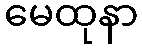
မေထုနာ